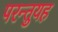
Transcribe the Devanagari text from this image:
परन्तुयह